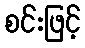
စင်းဖြင့်